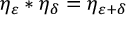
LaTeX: \eta _ { \varepsilon } * \eta _ { \delta } = \eta _ { \varepsilon + \delta }